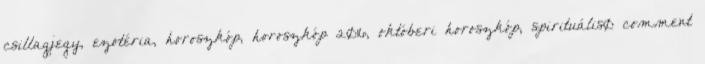
csillagjegy, ezotéria, horoszkóp, horoszkóp 2016, októberi horoszkóp, spirituális0 comment